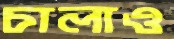
চালাও